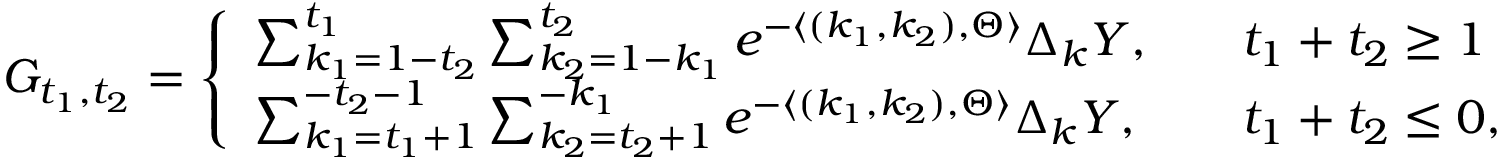
G _ { t _ { 1 } , t _ { 2 } } = \left\{ \begin{array} { l l } { \sum _ { k _ { 1 } = 1 - t _ { 2 } } ^ { t _ { 1 } } \sum _ { k _ { 2 } = 1 - k _ { 1 } } ^ { t _ { 2 } } e ^ { - \langle ( k _ { 1 } , k _ { 2 } ) , \Theta \rangle } \Delta _ { k } Y , } & { \quad t _ { 1 } + t _ { 2 } \geq 1 } \\ { \sum _ { k _ { 1 } = t _ { 1 } + 1 } ^ { - t _ { 2 } - 1 } \sum _ { k _ { 2 } = t _ { 2 } + 1 } ^ { - k _ { 1 } } e ^ { - \langle ( k _ { 1 } , k _ { 2 } ) , \Theta \rangle } \Delta _ { k } Y , } & { \quad t _ { 1 } + t _ { 2 } \leq 0 , } \end{array} \right.